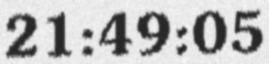
21:49:05